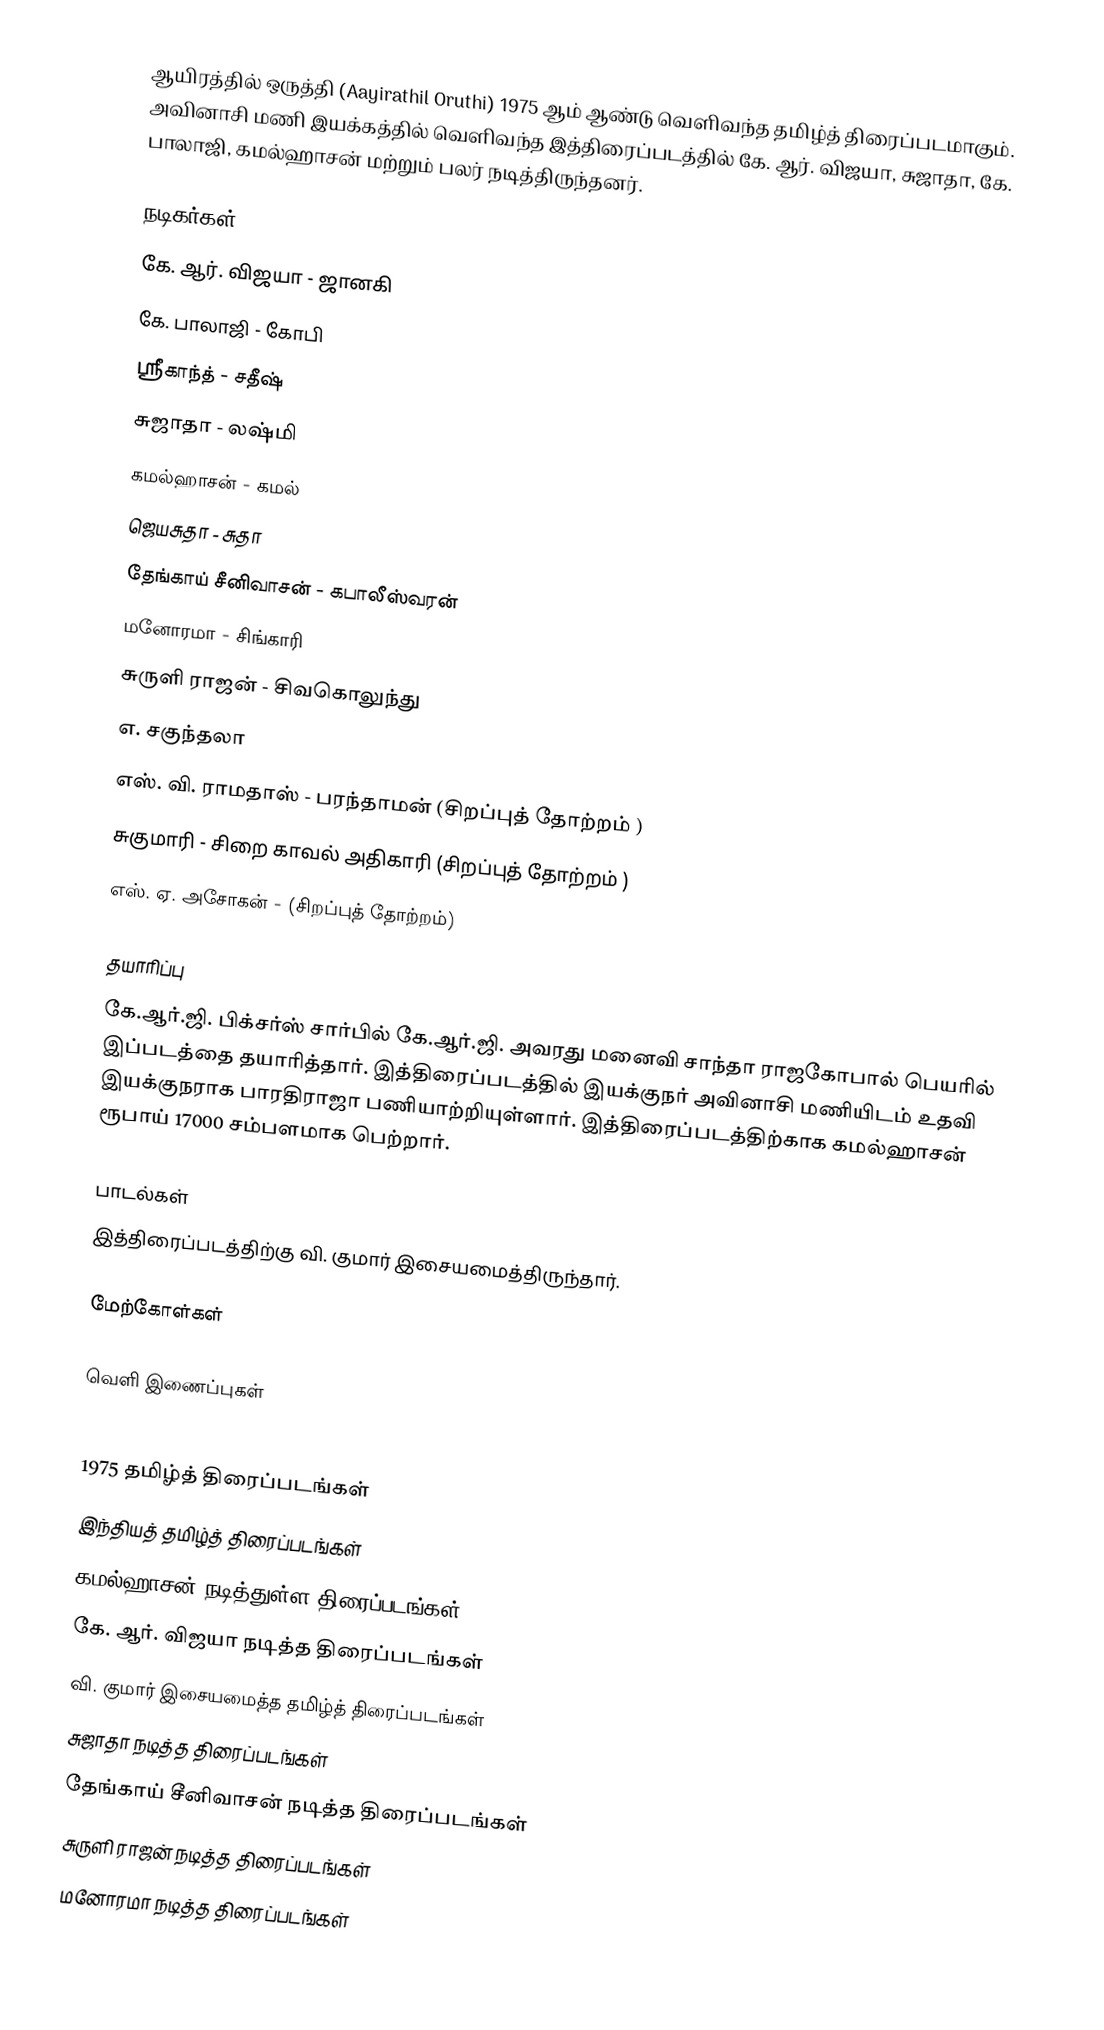
ஆயிரத்தில் ஒருத்தி (Aayirathil Oruthi) 1975 ஆம் ஆண்டு வெளிவந்த தமிழ்த் திரைப்படமாகும். அவினாசி மணி இயக்கத்தில் வெளிவந்த இத்திரைப்படத்தில் கே. ஆர். விஜயா, சுஜாதா, கே. பாலாஜி, கமல்ஹாசன் மற்றும் பலர் நடித்திருந்தனர்.

நடிகர்கள்
 கே. ஆர். விஜயா - ஜானகி
 கே. பாலாஜி - கோபி
 ஸ்ரீகாந்த் - சதீஷ்
 சுஜாதா - லஷ்மி
 கமல்ஹாசன் - கமல்
 ஜெயசுதா - சுதா
 தேங்காய் சீனிவாசன் - கபாலீஸ்வரன்
 மனோரமா - சிங்காரி
 சுருளி ராஜன் - சிவகொலுந்து
 எ. சகுந்தலா
 எஸ். வி. ராமதாஸ் - பரந்தாமன் (சிறப்புத் தோற்றம் )
 சுகுமாரி - சிறை காவல் அதிகாரி (சிறப்புத் தோற்றம் )
 எஸ். ஏ. அசோகன் - (சிறப்புத் தோற்றம்)

தயாரிப்பு
கே.ஆர்.ஜி. பிக்சர்ஸ் சார்பில் கே.ஆர்.ஜி. அவரது மனைவி சாந்தா ராஜகோபால் பெயரில் இப்படத்தை தயாரித்தார். இத்திரைப்படத்தில் இயக்குநர் அவினாசி மணியிடம் உதவி இயக்குநராக பாரதிராஜா பணியாற்றியுள்ளார். இத்திரைப்படத்திற்காக கமல்ஹாசன் ரூபாய் 17000 சம்பளமாக பெற்றார்.

பாடல்கள்
இத்திரைப்படத்திற்கு வி. குமார் இசையமைத்திருந்தார்.

மேற்கோள்கள்

வெளி இணைப்புகள்

1975 தமிழ்த் திரைப்படங்கள்
இந்தியத் தமிழ்த் திரைப்படங்கள்
கமல்ஹாசன் நடித்துள்ள திரைப்படங்கள்
கே. ஆர். விஜயா நடித்த திரைப்படங்கள்
வி. குமார் இசையமைத்த தமிழ்த் திரைப்படங்கள்
சுஜாதா நடித்த திரைப்படங்கள்
தேங்காய் சீனிவாசன் நடித்த திரைப்படங்கள்
சுருளி ராஜன் நடித்த திரைப்படங்கள்
மனோரமா நடித்த திரைப்படங்கள்